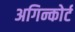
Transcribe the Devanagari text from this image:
अगिन्कोर्ट